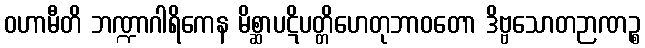
ဝဟာမီတိ ဘဏ္ဍာဂါရိကေန မိစ္ဆာပဋိပတ္တိဟေတုဘာဝတော ဒိဗ္ဗသောတဉာဏဉ္စ